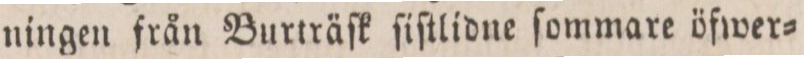
ningen från Burträſk ſiſtlidne ſommare öfwer=